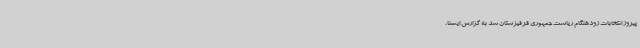
پیروز انتخابات زودهنگام ریاست جمهوری قرقیزستان شد به گزارش ایسنا،